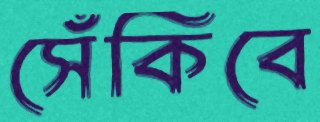
সেঁকিবে